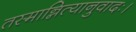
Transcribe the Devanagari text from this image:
तस्मान्नित्यानुवादः।